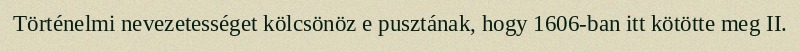
Történelmi nevezetességet kölcsönöz e pusztának, hogy 1606-ban itt kötötte meg II.